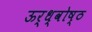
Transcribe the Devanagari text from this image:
ऊर्ध्वोष्ठ